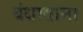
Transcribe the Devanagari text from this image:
बंधाताना